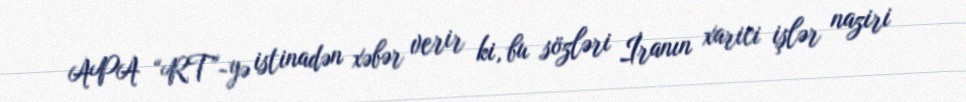
APA “RT”-yə istinadən xəbər verir ki, bu sözləri İranın xarici işlər naziri